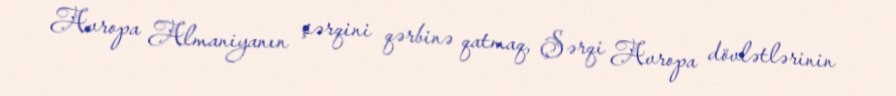
Avropa Almaniyanın şərqini qərbinə qatmaq, Şərqi Avropa dövlətlərinin